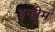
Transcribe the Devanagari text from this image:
इन्हीम